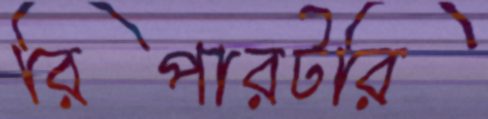
রিপারটরি